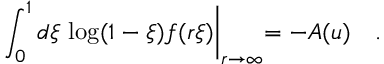
\int _ { 0 } ^ { 1 } d \xi \, \log ( 1 - \xi ) f ( r \xi ) \biggl | _ { r \to \infty } = - A ( u ) \quad .